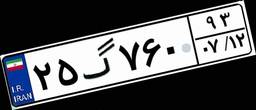
۲۵گ۷۶۰۹۳